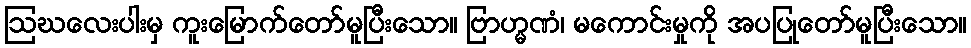
ဩဃလေးပါးမှ ကူးမြောက်တော်မူပြီးသော။ ဗြာဟ္မဏံ၊ မကောင်းမှုကို အပပြုတော်မူပြီးသော။